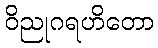
ဝိညုဂရဟိတော